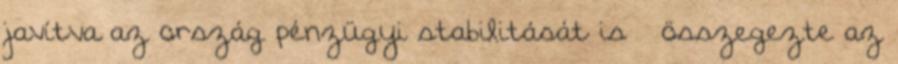
javítva az ország pénzügyi stabilitását is – összegezte az